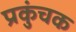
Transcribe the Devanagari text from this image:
प्रकुंचक